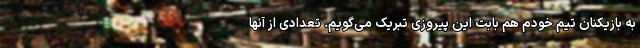
به بازیکنان تیم خودم هم بابت این پیروزی تبریک می‌گویم. تعدادی از آنها